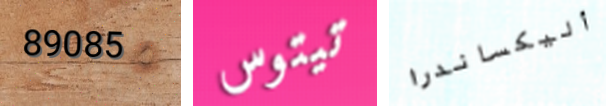
89085 تيتوس أليكساندرا